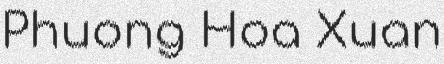
Phuong Hoa Xuan